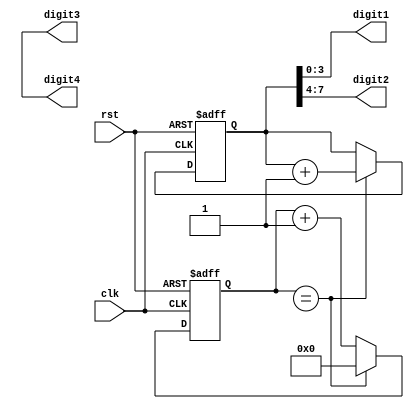
module binary_clock_divider (
    input wire clk,
    input wire rst,
    output reg [3:0] digit1,
    output reg [3:0] digit2,
    output reg [3:0] digit3,
    output reg [3:0] digit4
);

reg [7:0] time_count;
reg [7:0] counter;

always @(posedge clk or posedge rst) begin
    if (rst) begin
        time_count <= 8'b0;
        counter <= 8'b0;
    end else begin
        counter <= counter + 1;
        if (counter == CLOCK_DIVISION_RATIO) begin
            time_count <= time_count + 1;
            counter <= 8'b0;
        end
    end
end

assign digit1 = time_count[3:0];
assign digit2 = time_count[7:4];
assign digit3 = time_count[11:8];
assign digit4 = time_count[15:12];

endmodule